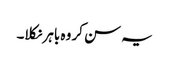
یہ سن کر وہ باہر نکلا۔